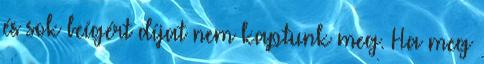
és sok beígért díjat nem kaptunk meg. Ha meg